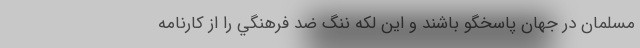
مسلمان در جهان پاسخگو باشند و اين لكه ننگ ضد فرهنگي را از كارنامه